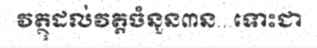
វត្ថុដល់វត្តចំនួន៣ន...ទោះជា